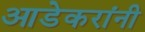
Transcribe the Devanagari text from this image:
आडेकरांनी